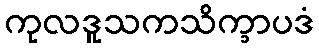
ကုလဒူသကသိက္ခာပဒံ